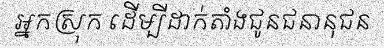
អ្នកស្រុក ដើម្បីដាក់តាំងជូនជនានុជន